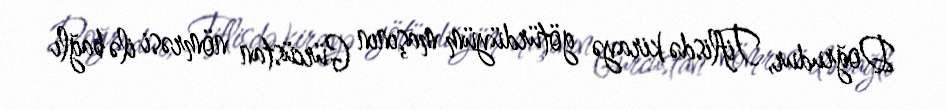
Doğrudur, Tiflisdə kirayə götürdüyüm maşının Gürcüstan nömrəsi ilə bağlı